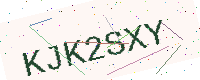
Text: KJK2SXY